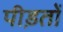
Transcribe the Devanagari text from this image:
पीड़तों